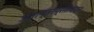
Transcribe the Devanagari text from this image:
अवान्तरप्रतिपादन